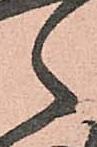
々